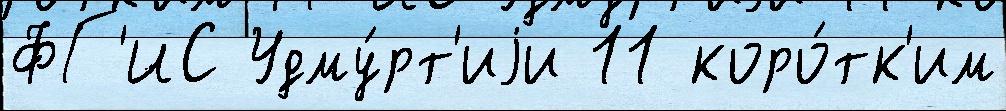
ФГ'ИС Удму́рт'иjи 11 коро́тк'им